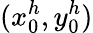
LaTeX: (x_{0}^{h},y_{0}^{h})